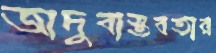
জাদুবাস্তবতার